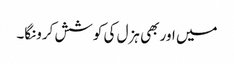
میں اور بھی ہزل کی کوشش کرونگا۔